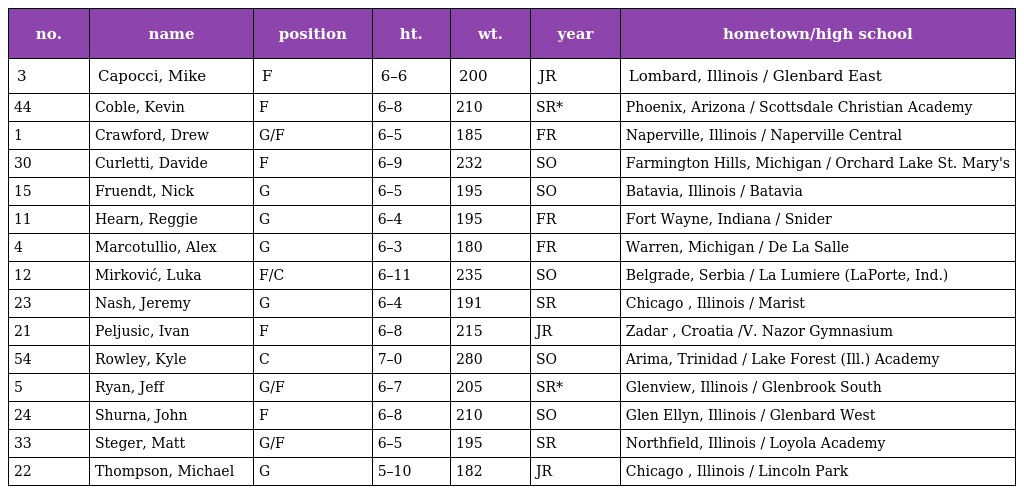
| no. | name | position | ht. | wt. | year | hometown/high school |
 | --- | --- | --- | --- | --- | --- | --- |
 | 3 | Capocci, Mike | F | 6–6 | 200 | JR | Lombard, Illinois / Glenbard East |
 | 44 | Coble, Kevin | F | 6–8 | 210 | SR* | Phoenix, Arizona / Scottsdale Christian Academy |
 | 1 | Crawford, Drew | G/F | 6–5 | 185 | FR | Naperville, Illinois / Naperville Central |
 | 30 | Curletti, Davide | F | 6–9 | 232 | SO | Farmington Hills, Michigan / Orchard Lake St. Mary's |
 | 15 | Fruendt, Nick | G | 6–5 | 195 | SO | Batavia, Illinois / Batavia |
 | 11 | Hearn, Reggie | G | 6–4 | 195 | FR | Fort Wayne, Indiana / Snider |
 | 4 | Marcotullio, Alex | G | 6–3 | 180 | FR | Warren, Michigan / De La Salle |
 | 12 | Mirković, Luka | F/C | 6–11 | 235 | SO | Belgrade, Serbia / La Lumiere (LaPorte, Ind.) |
 | 23 | Nash, Jeremy | G | 6–4 | 191 | SR | Chicago , Illinois / Marist |
 | 21 | Peljusic, Ivan | F | 6–8 | 215 | JR | Zadar , Croatia /V. Nazor Gymnasium |
 | 54 | Rowley, Kyle | C | 7–0 | 280 | SO | Arima, Trinidad / Lake Forest (Ill.) Academy |
 | 5 | Ryan, Jeff | G/F | 6–7 | 205 | SR* | Glenview, Illinois / Glenbrook South |
 | 24 | Shurna, John | F | 6–8 | 210 | SO | Glen Ellyn, Illinois / Glenbard West |
 | 33 | Steger, Matt | G/F | 6–5 | 195 | SR | Northfield, Illinois / Loyola Academy |
 | 22 | Thompson, Michael | G | 5–10 | 182 | JR | Chicago , Illinois / Lincoln Park |